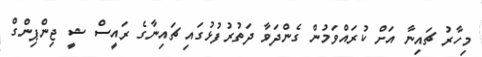
މިހާރު ޗައިނާ އަށް ކުރައްވަމުން ގެންދަވާ ދަތުރުފުޅުގައި ޗައިނާގެ ރައީސް ޝީ ޖިންޕިންގް